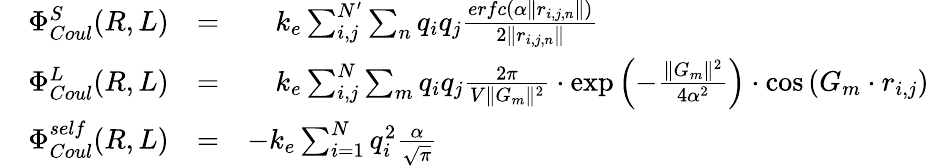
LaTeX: \begin{array}{rlrl}&{\Phi_{Coul}^{S}(R,L)}&{=}&{\quad k_{e}\sum_{i,j}^{N^{\prime}}\sum_{n}q_{i}q_{j}\frac{erfc(\alpha\| r_{i,j,n}\| )}{2\| r_{i,j,n}\| }}\\ &{\Phi_{Coul}^{L}(R,L)}&{=}&{\quad k_{e}\sum_{i,j}^{N}\sum_{m}q_{i}q_{j}\frac{2\pi}{V\| G_{m}\| ^{2}}\cdot\exp{\left(-\frac{\| G_{m}\| ^{2}}{4\alpha^{2}}\right)}\cdot\cos{({G_{m}}\cdot r_{i,j})}}\\ &{\Phi_{Coul}^{self}(R,L)}&{=}&{-k_{e}\sum_{i=1}^{N}q_{i}^{2}\frac{\alpha}{\sqrt{\pi}}}\end{array}